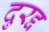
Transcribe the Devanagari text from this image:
दुरद्द